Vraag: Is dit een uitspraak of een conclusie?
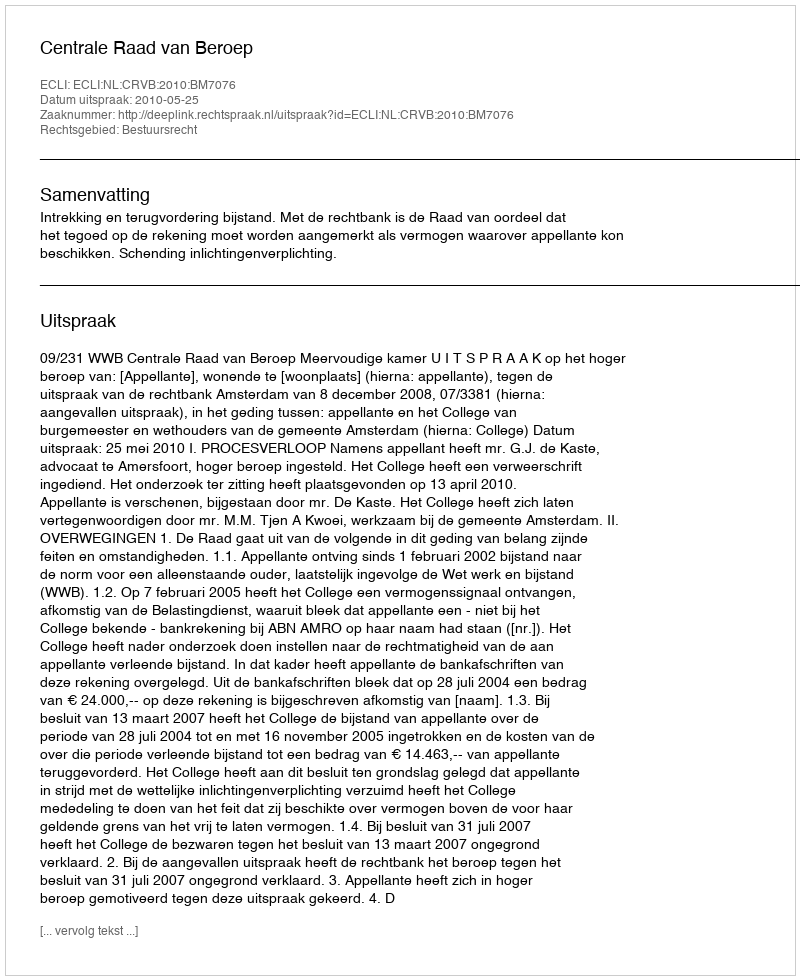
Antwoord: Uitspraak